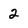
Character: 2